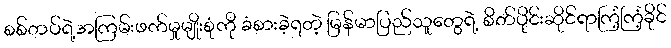
စစ်တပ်ရဲ့အကြမ်းဖက်မှုမျိုးစုံကို ခံစားခဲ့ရတဲ့ မြန်မာပြည်သူတွေရဲ့ စိတ်ပိုင်းဆိုင်ရာကြံ့ကြံ့ခိုင်